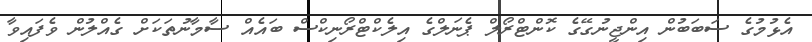
އެޅުމުގެ ސަބަބުން އިންޖީނުގޭގެ ކޮންޓްރޯލް ޕެނަލްގެ އިލެކްޓްރޯނިކްސް ބައެއް ސާމާނުތަކަށް ގެއްލުން ވެފައިވާ